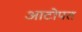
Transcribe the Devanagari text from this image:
आटोपत